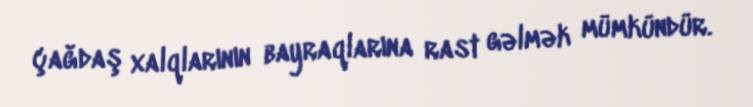
çağdaş xalqlarının bayraqlarına rast gəlmək mümkündür.